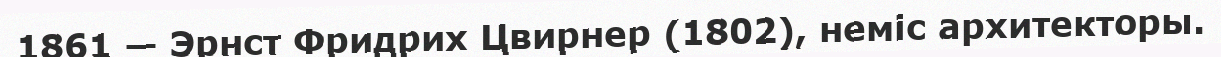
1861 — Эрнст Фридрих Цвирнер (1802), неміс архитекторы.